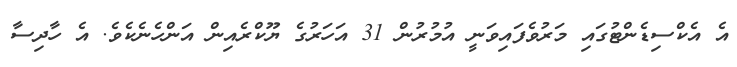
އެ އެކްސިޑެންޓުގައި މަރުވެފައިވަނީ އުމުރުން 31 އަހަރުގެ ޔޫކްރެއިން އަންހެނެކެވެ. އެ ހާދިސާ